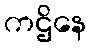
ကဌိနေ